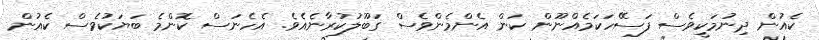
ކެއުން ދިނުމަކީވެސް ފަސޭހަކަމެއްނޫން ކަން އެންމެންވެސް ގަބޫލުކުރާނެއެވެ. އެހެނަސް ކޮންމެ ބަޔަކުވެސް ކެއުން